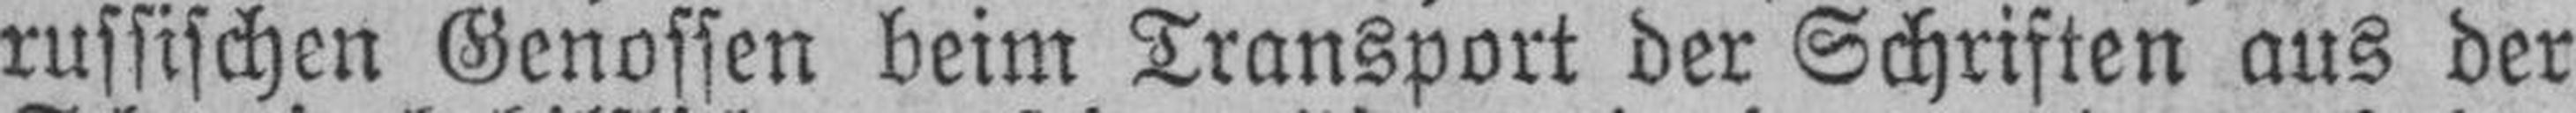
russischen Genossen beim Transport der Schriften aus der